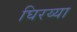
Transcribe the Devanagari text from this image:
घिरय्या